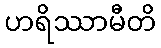
ဟရိဿာမီတိ